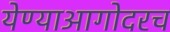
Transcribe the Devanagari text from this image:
येण्याआगोदरच